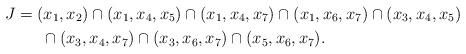
LaTeX: \begin{align*}J&=(x_{1},x_{2})\cap (x_{1},x_{4},x_{5})\cap(x_{1},x_{4},x_{7})\cap(x_{1},x_{6},x_{7})\cap(x_{3},x_{4},x_{5})\\&\phantom{=..}\cap(x_{3},x_{4},x_{7})\cap(x_{3},x_{6},x_{7})\cap(x_{5},x_{6},x_{7}).\end{align*}